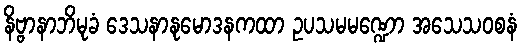
နိဗ္ဗာနာဘိမုခံ ဒေသနာနုမောဒနကထာ ဥပသမမဏ္ဍော အသေသဝစနံ